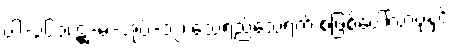
ပါ-၃၆၁၊ ဋ္ဌ-မ-အုပ်-၁၂၊ သေရည်သေရက် စဖြစ်ပေါ်လာပုံနှင့်